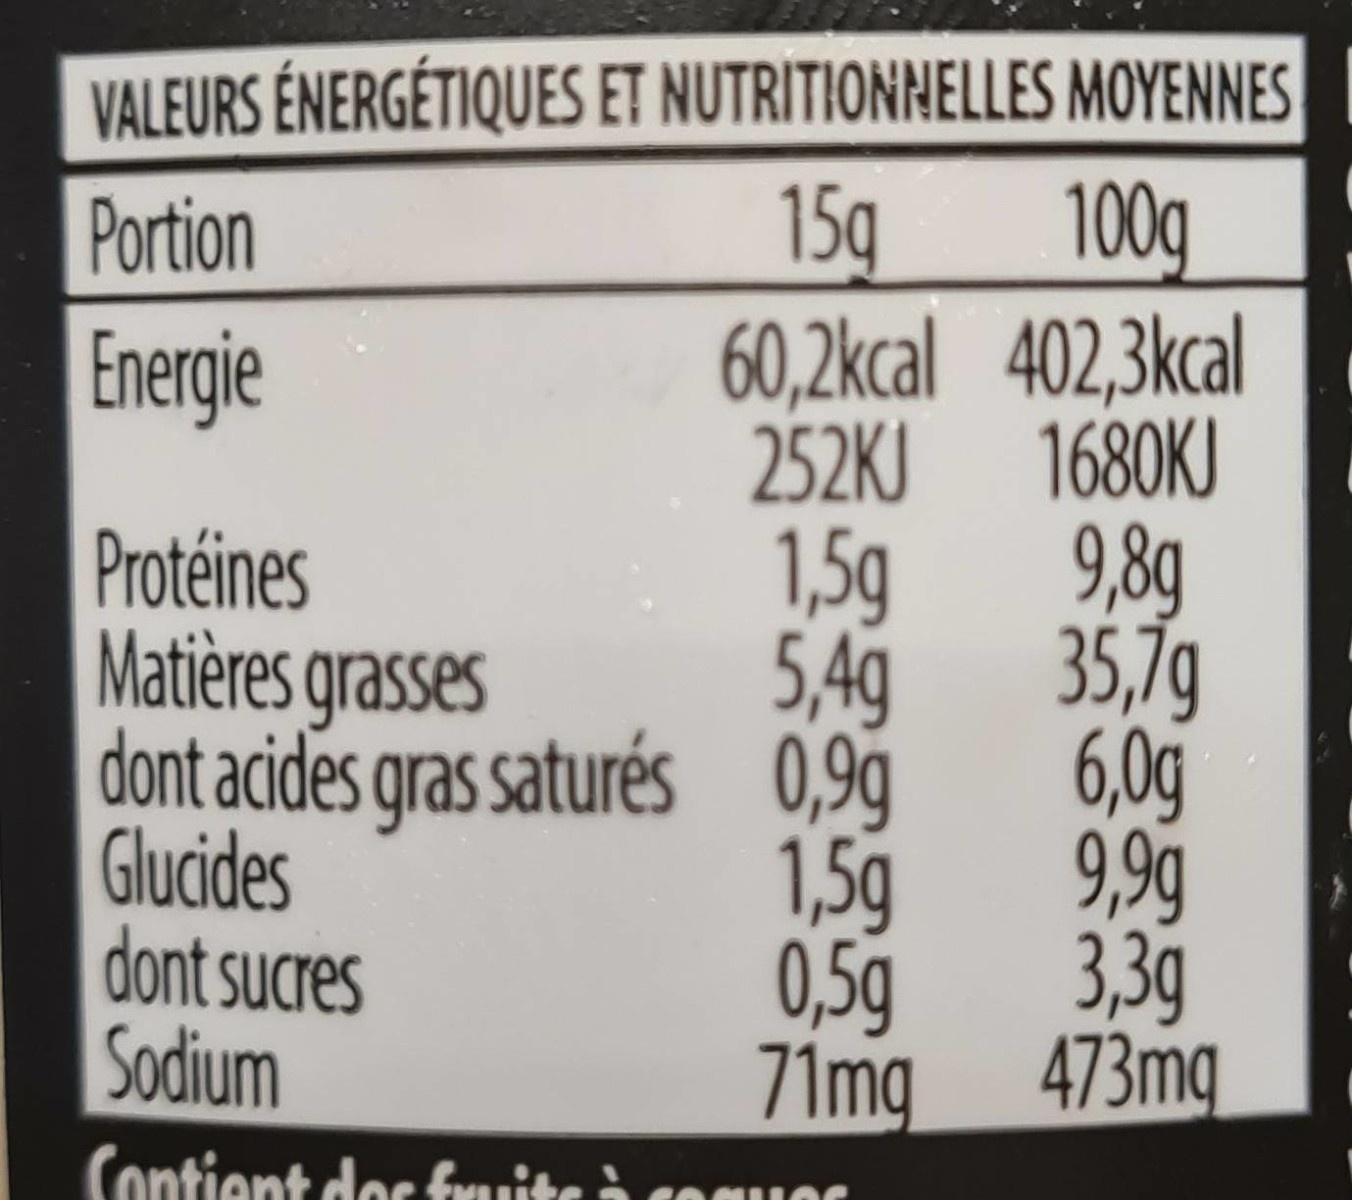
VALEURS ÉNERGÉTIQUES ET NUTRITIONNELLES MOYENNES
15g
100g 60,2kcal 402,3kcal 1680KJ
Portion
Energie
252KJ
9,8g
1,5g 35,7g
Protéines Matières qrasses dont acides gras saturés 0,9 Glucides dont sucres Sodium
5,4g 6,0g 9,99
1,5g 3,3g
0,5g 473mg
71mg
Contient doc fruit